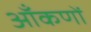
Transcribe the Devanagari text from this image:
ऑंकणों